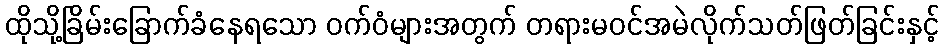
ထိုသို့ခြိမ်းခြောက်ခံနေရသော ဝက်ဝံများအတွက် တရားမဝင်အမဲလိုက်သတ်ဖြတ်ခြင်းနှင့်